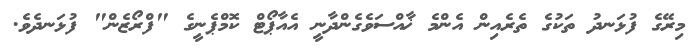
މިރޭގެ ފުޅަނދު ތަކުގެ ތެރެއިން އެންމެ ޚާއްސަވެގެންދާނީ އެއާޕޯޓް ކޮމްޕެނީގެ "ފްރޯޒެން" ފުޅަނދެވެ.